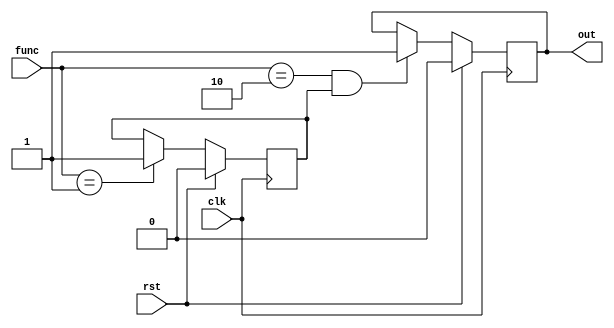
module sub(clk, rst, func, out);
  wire _00_;
  wire _01_;
  wire _02_;
  wire _03_;
  wire _04_;
  input clk;
  reg enable;
  wire enable_next;
  input [1:0] func;
  output out;
  reg out;
  wire out_next;
  input rst;
  assign _02_ = func == 1'h1;
  assign _03_ = func == 2'h2;
  assign _04_ = _03_ && enable;
  always @(posedge clk)
      out <= _01_;
  always @(posedge clk)
      enable <= _00_;
  assign _00_ = rst ? 1'h0 : enable_next;
  assign _01_ = rst ? 1'h0 : out_next;
  assign enable_next = _02_ ? 1'h1 : enable;
  assign out_next = _04_ ? 1'h1 : out;
endmodule